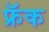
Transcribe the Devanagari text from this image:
फ्रॅक